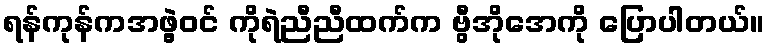
ရန်ကုန်ကအဖွဲ့ဝင် ကိုရဲညီညီထက်က ဗွီအိုအေကို ပြောပါတယ်။